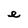
Character: e